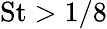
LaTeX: \mathrm{St}>1/8